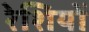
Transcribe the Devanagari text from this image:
रेशियों